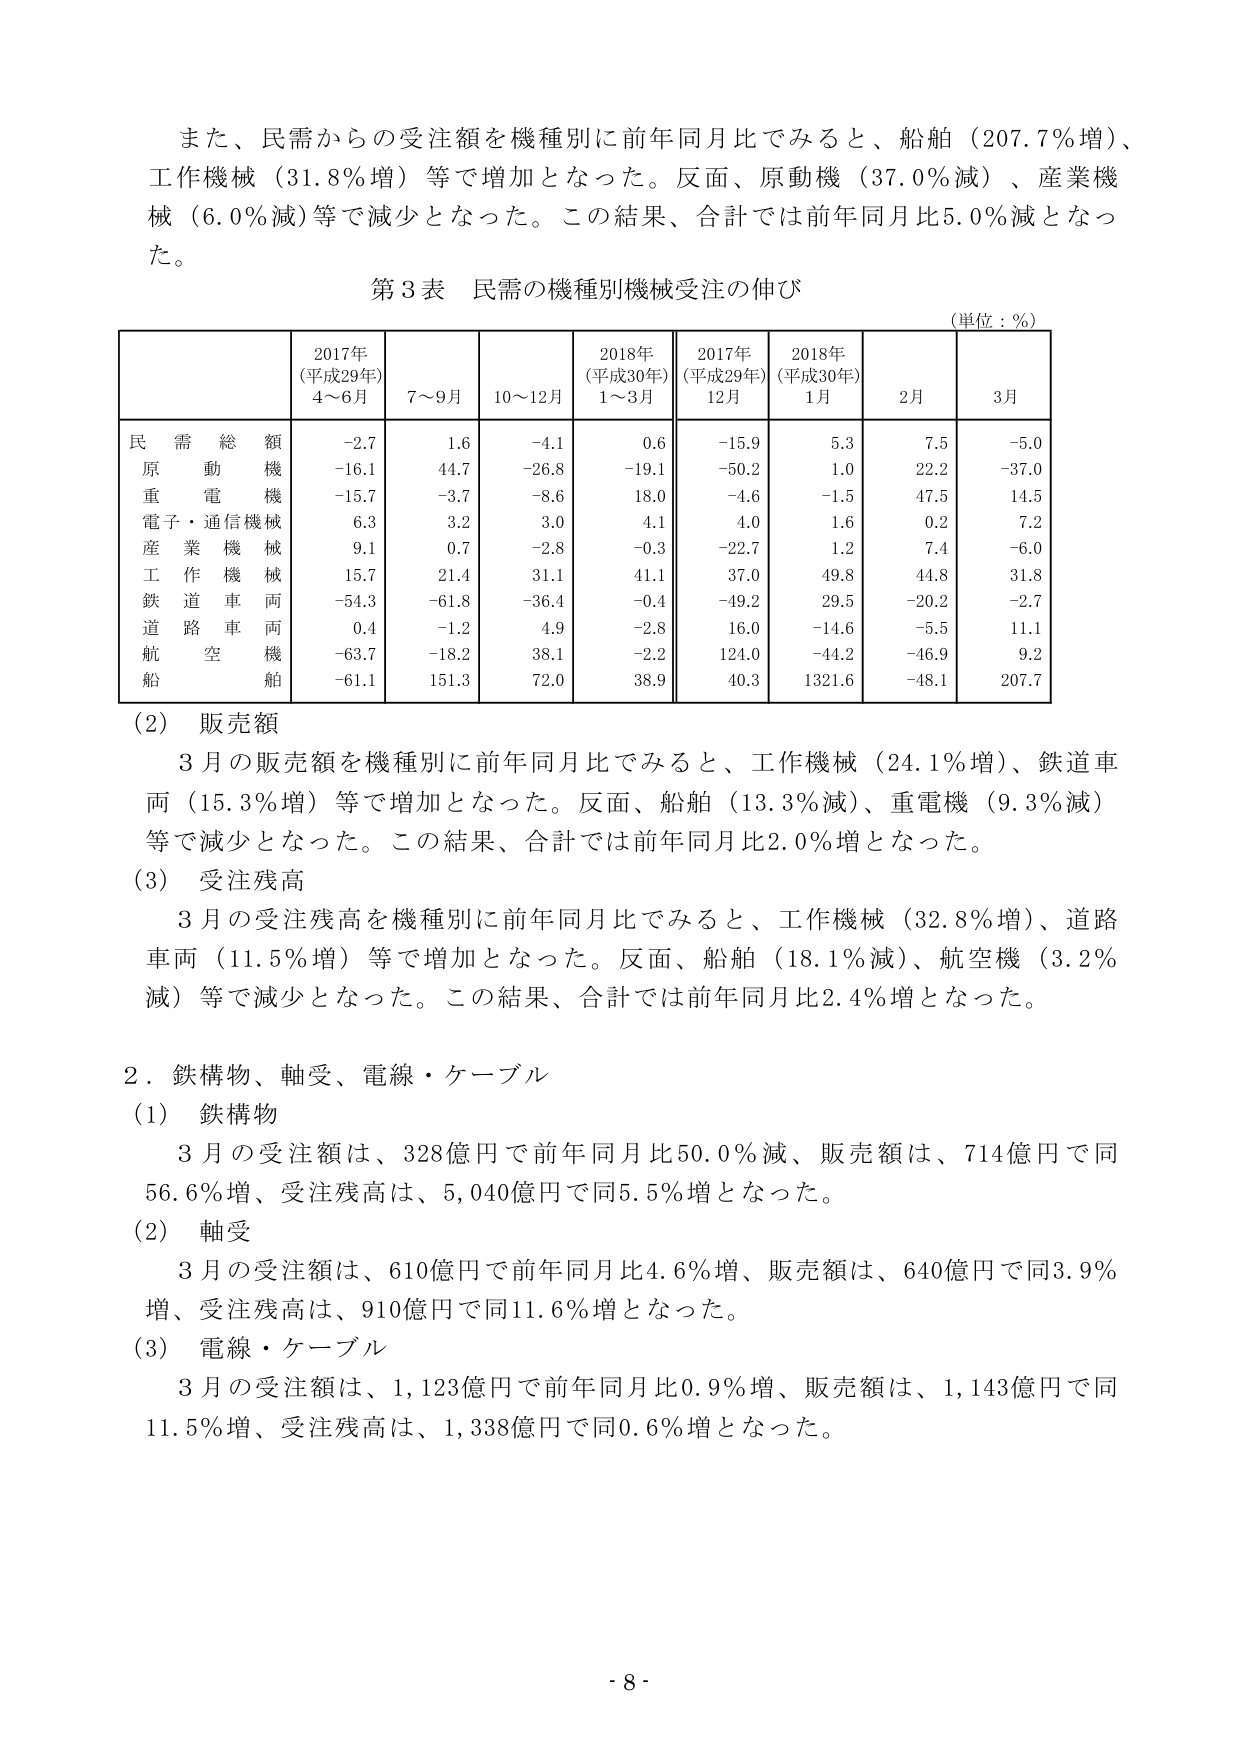
また、民需からの受注額を機種別に前年同月比でみると、船舶（207.7％増）、工作機械（31.8％増）等で増加となった。反面、原動機（37.0％減）、産業機械（6.0％減）等で減少となった。この結果、合計では前年同月比5.0％減となった。

第3表 民需の機種別機械受注の伸び
（単位：％）

| | 2017年（平成29年）4～6月 | 7～9月 | 10～12月 | 2018年（平成30年）1～3月 | 2017年（平成29年）12月 | 2018年（平成30年）1月 | 2月 | 3月 |
|---|---|---|---|---|---|---|---|---|
| 民需総額 | -2.7 | 1.6 | -4.1 | 0.6 | -15.9 | 5.3 | 7.5 | -5.0 |
| 原動機 | -16.1 | 44.7 | -26.8 | -19.1 | -50.2 | 1.0 | 22.2 | -37.0 |
| 重電機械 | -15.7 | -3.7 | -8.6 | 18.0 | -4.6 | -1.5 | 47.5 | 14.5 |
| 電子・通信機械 | 6.3 | 3.2 | 3.0 | 4.1 | 4.0 | 1.6 | 0.2 | 7.2 |
| 産業機械 | 9.1 | 0.7 | -2.8 | -0.3 | -22.7 | 1.2 | 7.4 | -6.0 |
| 工作機械 | 15.7 | 21.4 | 31.1 | 41.1 | 37.0 | 49.8 | 44.8 | 31.8 |
| 鉄道車両 | -54.3 | -61.8 | -36.4 | -0.4 | -49.2 | 29.5 | -20.2 | -2.7 |
| 道路車両 | 0.4 | -1.2 | 4.9 | -2.8 | 16.0 | -14.6 | -5.5 | 11.1 |
| 航空機 | -63.7 | -18.2 | 38.1 | -2.2 | 124.0 | -44.2 | -46.9 | 9.2 |
| 船舶 | -61.1 | 151.3 | 72.0 | 38.9 | 40.3 | 1321.6 | -48.1 | 207.7 |

（2）販売額
3月の販売額を機種別に前年同月比でみると、工作機械（24.1％増）、鉄道車両（15.3％増）等で増加となった。反面、船舶（13.3％減）、重電機（9.3％減）等で減少となった。この結果、合計では前年同月比2.0％増となった。

（3）受注残高
3月の受注残高を機種別に前年同月比でみると、工作機械（32.8％増）、道路車両（11.5％増）等で増加となった。反面、船舶（18.1％減）、航空機（3.2％減）等で減少となった。この結果、合計では前年同月比2.4％増となった。

2．鉄構物、軸受、電線・ケーブル
（1）鉄構物
3月の受注額は、328億円で前年同月比50.0％減、販売額は、714億円で同56.6％増、受注残高は、5,040億円で同5.5％増となった。

（2）軸受
3月の受注額は、610億円で前年同月比4.6％増、販売額は、640億円で同3.9％増、受注残高は、910億円で同11.6％増となった。

（3）電線・ケーブル
3月の受注額は、1,123億円で前年同月比0.9％増、販売額は、1,143億円で同11.5％増、受注残高は、1,338億円で同0.6％増となった。

- 8 -